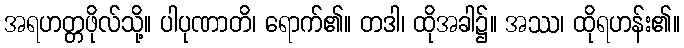
အရဟတ္တဖိုလ်သို့။ ပါပုဏာတိ၊ ရောက်၏။ တဒါ၊ ထိုအခါ၌။ အဿ၊ ထိုရဟန်း၏။